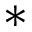
^ *